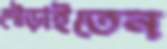
দৌড়াইতেন